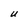
Character: U